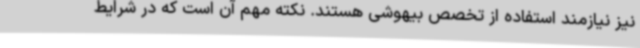
نیز نیازمند استفاده از تخصص بیهوشی هستند. نکته مهم آن است که در شرایط